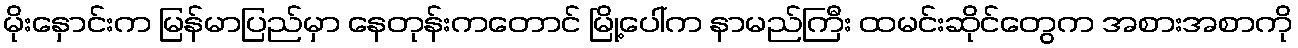
မိုးနှောင်းက မြန်မာပြည်မှာ နေတုန်းကတောင် မြို့ပေါ်က နာမည်ကြီး ထမင်းဆိုင်တွေက အစားအစာကို